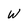
Character: W